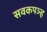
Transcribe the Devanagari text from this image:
सवकपञ्ह